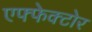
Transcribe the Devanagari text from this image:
एफ्फेक्टोर